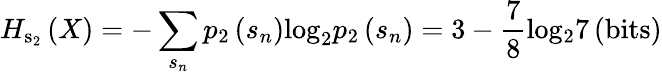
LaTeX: {H_{{{\mathrm{s}}_{\mathrm{2}}}}}\left(X\right)=-\sum_{{s_{n}}}{{p_{2}}\left({{s_{n}}}\right){{\log}_{2}}{p_{2}}\left({{s_{n}}}\right)}=3-\frac{7}{8}{\mathrm{lo}}{{\mathrm{g}}_{\mathrm{2}}}{\mathrm{7}}\left({{\mathrm{bits}}}\right)